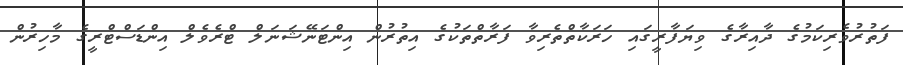
ފަތުރުވެރިކަމުގެ ދާއިރާގެ ވިޔަފާރީގައި ހަރަކާތްތެރިވާ ފަރާތްތަކުގެ އިތުރުން އިންޓަނޭޝަނަލް ޓްރެވެލް އިންޑަސްޓްރީގެ މާހިރުން